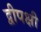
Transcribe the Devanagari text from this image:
द्वीपक्षी